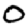
Digit: 0